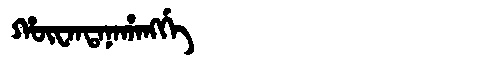
Manchu: ᡥᡡᠸᠠᠨᡨᠠᠨᠠᡥᠠᠩᡤᡝ
Romanization: HŪWANTANAHANGGE